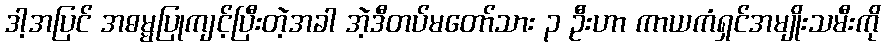
ဒါ့အပြင် အဓမ္မပြုကျင့်ပြီးတဲ့အခါ အဲ့ဒီတပ်မတော်သား ၃ ဦးဟာ ကာယကံရှင်အမျိုးသမီးကို